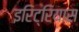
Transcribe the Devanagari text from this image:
इरिट्रियास